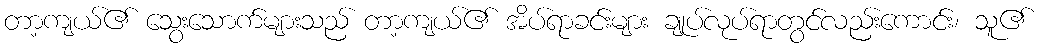
တာ့ကျယ်၏ သွေးသောက်များသည် တာ့ကျယ်၏ အိပ်ရာခင်းများ ချုပ်လုပ်ရာတွင်လည်းကောင်း၊ သူ၏